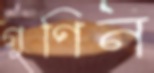
গুণিন